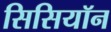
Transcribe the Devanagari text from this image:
सिसियॉन